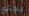
نجتمع